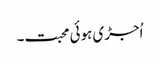
اُجڑی ہوئی محبت۔